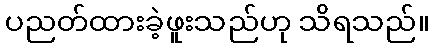
ပညတ်ထားခဲ့ဖူးသည်ဟု သိရသည်။